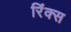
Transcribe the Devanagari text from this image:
रिंक्स